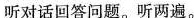
听对话回答问题。听两遍。